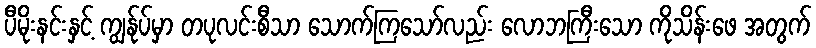
ပီမိုးနင်းနှင့် ကျွန်ုပ်မှာ တပုလင်းစီသာ သောက်ကြသော်လည်း လောဘကြီးသော ကိုသိန်းဖေ အတွက်